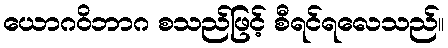
ယောဂဝိဘာဂ စသည်ဖြင့် စီရင်ရလေသည်။